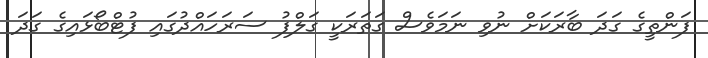
ފަންތީގެ ގަދަ ބާރަކަށް ނުވި ނަމަވެސް ގަތަރަކީ ގަލްފު ސަރަހައްދުގައި ފުޓްބޯޅައިގެ ގަދަ